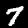
Digit: 7